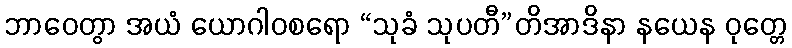
ဘာဝေတွာ အယံ ယောဂါဝစရော “သုခံ သုပတီ”တိအာဒိနာ နယေန ဝုတ္တေ